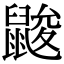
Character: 𪕞